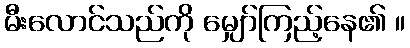
မီးလောင်သည်ကို မျှော်ကြည့်နေ၏ ။